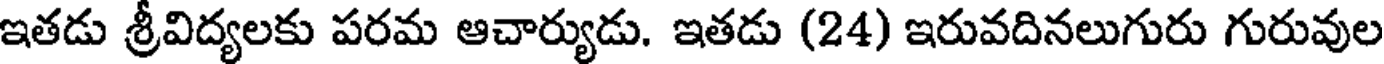
ఇతడు శ్రీవిద్యలకు పరమ ఆచార్యుడు. ఇతడు (24) ఇరువదినలుగురు గురువుల